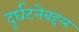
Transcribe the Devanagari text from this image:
दुर्घटनेबद्दल